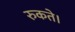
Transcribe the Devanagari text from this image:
रुकते।